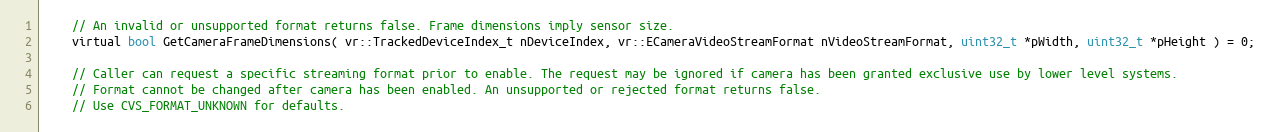
Language: C
	// An invalid or unsupported format returns false. Frame dimensions imply sensor size.
	virtual bool GetCameraFrameDimensions( vr::TrackedDeviceIndex_t nDeviceIndex, vr::ECameraVideoStreamFormat nVideoStreamFormat, uint32_t *pWidth, uint32_t *pHeight ) = 0;

	// Caller can request a specific streaming format prior to enable. The request may be ignored if camera has been granted exclusive use by lower level systems.
	// Format cannot be changed after camera has been enabled. An unsupported or rejected format returns false.
	// Use CVS_FORMAT_UNKNOWN for defaults.